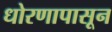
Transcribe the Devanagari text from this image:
धोरणापासून